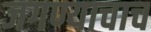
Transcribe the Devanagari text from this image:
जगण्याचाच